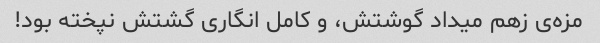
مزه‌ی زهم میداد گوشتش، و کامل انگاری گشتش نپخته بود!